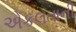
એકલતાની